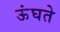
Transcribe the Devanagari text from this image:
ऊंघते